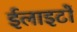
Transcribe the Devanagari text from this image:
ईलाइटों